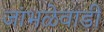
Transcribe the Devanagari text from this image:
जांभळेवाडी